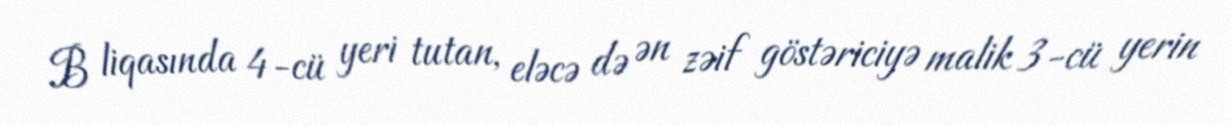
B liqasında 4-cü yeri tutan, eləcə də ən zəif göstəriciyə malik 3-cü yerin